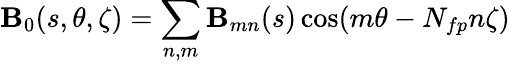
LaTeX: {\mathbf{B}_{0}}(s,\theta,\zeta)=\sum_{n,m}\mathbf{B}_{mn}(s)\cos(m\theta-N_{fp}n\zeta)